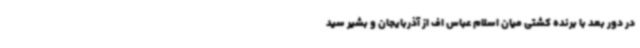
در دور بعد با برنده کشتی میان اسلام عباس اف از آذربایجان و بشیر سید